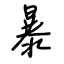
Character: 暴